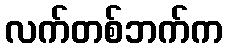
လက်တစ်ဘက်က